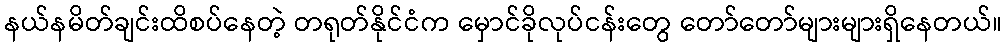
နယ်နမိတ်ချင်းထိစပ်နေတဲ့ တရုတ်နိုင်ငံက မှောင်ခိုလုပ်ငန်းတွေ တော်တော်များများရှိနေတယ်။